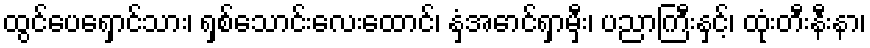
ထွင်ပေရှောင်သား၊ ရှစ်သောင်းလေးထောင်၊ နှံ့အောင်ရှာမှီး၊ ပညာကြီးနှင့်၊ ထုံးတီးနီးနာ၊